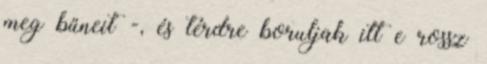
meg bűneit -, és térdre boruljak itt e rossz